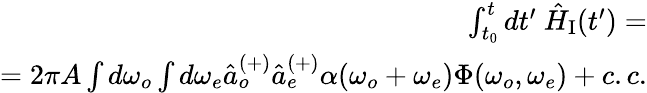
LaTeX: \begin{array}{r}{\int_{t_{0}}^{t}dt^{\prime}~\hat{H}_{\mathrm{I}}(t^{\prime})=}\\ {=2\pi A\int d\omega_{o}\int d\omega_{e}\hat{a}_{o}^{(+)}\hat{a}_{e}^{(+)}\alpha(\omega_{o}+\omega_{e})\Phi(\omega_{o},\omega_{e})+c.c.}\end{array}